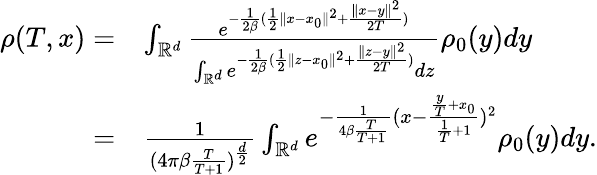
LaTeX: \begin{array}{rl}{\rho(T,x)=}&{\int_{\mathbb{R}^{d}}\frac{e^{-\frac{1}{2\beta}(\frac{1}{2}\| x-x_{0}\| ^{2}+\frac{\| x-y\| ^{2}}{2T})}}{\int_{\mathbb{R}^{d}}e^{-\frac{1}{2\beta}(\frac{1}{2}\| z-x_{0}\| ^{2}+\frac{\| z-y\| ^{2}}{2T})}dz}\rho_{0}(y)dy}\\ {=}&{\frac{1}{{(4\pi\beta\frac{T}{T+1}})^{\frac{d}{2}}}\int_{\mathbb{R}^{d}}e^{-\frac{1}{4\beta\frac{T}{T+1}}(x-\frac{\frac{y}{T}+x_{0}}{\frac{1}{T}+1})^{2}}\rho_{0}(y)dy.}\end{array}